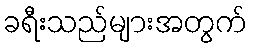
ခရီးသည်များအတွက်